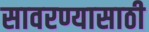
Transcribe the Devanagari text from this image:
सावरण्यासाठी